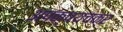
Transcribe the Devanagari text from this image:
अपक्षयचक्र